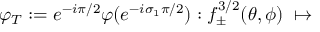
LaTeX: \varphi _ { T } : = e ^ { - i \pi / 2 } \varphi ( e ^ { - i \sigma _ { 1 } \pi / 2 } ) : f _ { \pm } ^ { 3 / 2 } ( \theta , \phi ) \; \mapsto \;